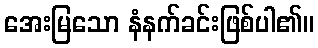
အေးမြသော နံနက်ခင်းဖြစ်ပါ၏။